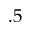
. 5